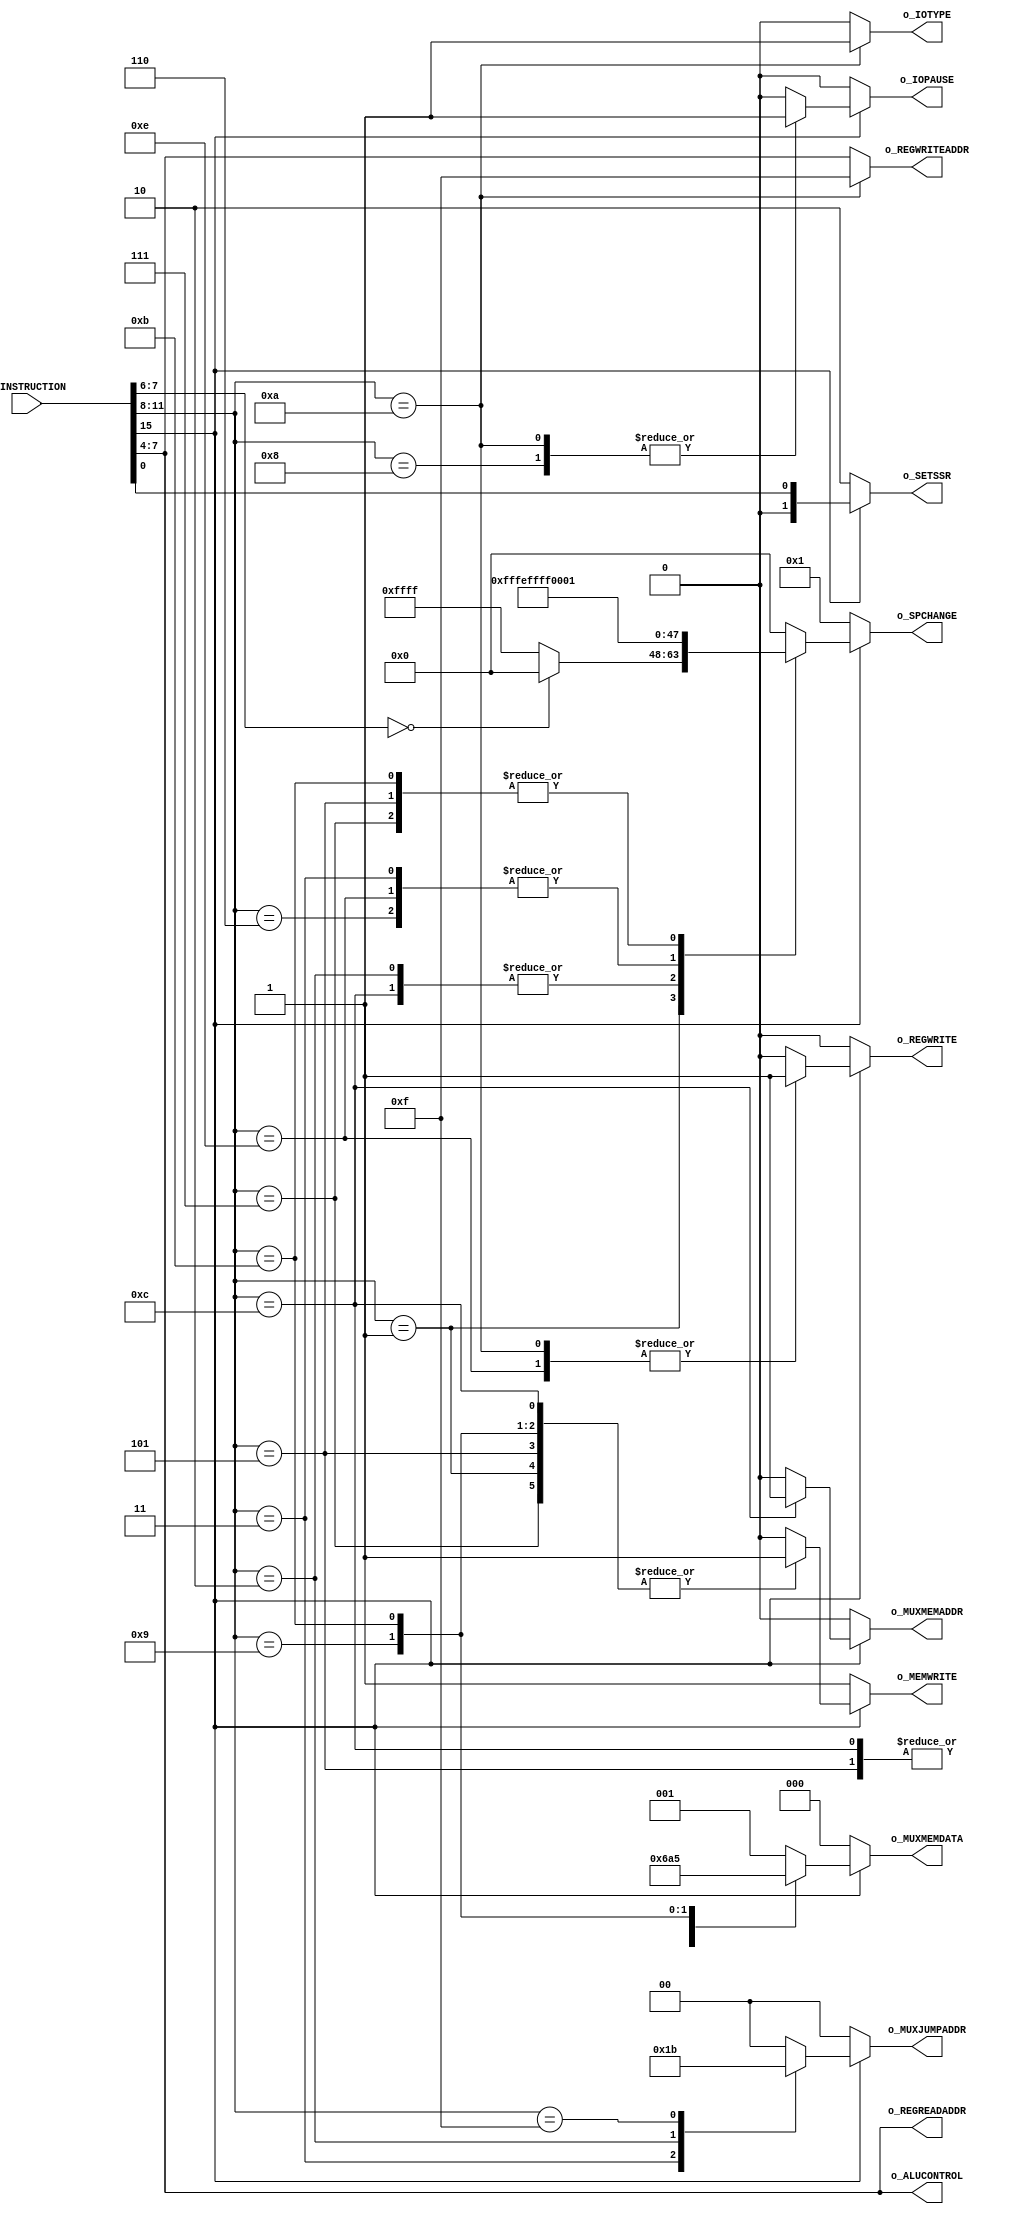

module ControlUnit (
    
    input wire [15:0] i_INSTRUCTION,
    
    output reg  [1:0] o_SETSSR,
    output reg  [3:0] o_ALUCONTROL,
    output reg [15:0] o_SPCHANGE,
    output reg        o_MEMWRITE,
    output reg  [2:0] o_MUXMEMDATA,
    output reg        o_MUXMEMADDR,
    output reg  [3:0] o_REGREADADDR,
    output reg  [3:0] o_REGWRITEADDR,
    output reg        o_REGWRITE,
    output reg  [1:0] o_MUXJUMPADDR,
	 output reg        o_IOTYPE,
	 output reg        o_IOPAUSE
);

// Define instruction name constants
parameter I_NOP  = 4'b0000;
parameter I_ALU  = 4'b0001;
parameter I_JUMP = 4'b0011;
parameter I_IF   = 4'b0010;
parameter I_DUP  = 4'b0111;
parameter I_OVER = 4'b0101;
parameter I_DROP = 4'b0110;
parameter I_AT   = 4'b1001;
parameter I_WRT  = 4'b1100;
parameter I_RW   = 4'b1110;
parameter I_RR   = 4'b1011;
parameter I_IN   = 4'b1010;
parameter I_OUT  = 4'b1000;
parameter I_HALT = 4'b1111;

// Define constants for memory write mux
parameter MMW_INSTRUCTION = 3'b000;
parameter MMW_OP1         = 3'b001;
parameter MMW_OP2         = 3'b010;
parameter MMW_ALURES      = 3'b011;
parameter MMW_ATREAD      = 3'b100;
parameter MMW_REGREAD     = 3'b101;

// Define constants for memory address mux
parameter MMA_SP  = 0;
parameter MMA_OP1 = 1;

// Define constants for jump address mux
parameter MJA_PC   = 2'b00;
parameter MJA_OP1  = 2'b01;
parameter MJA_OP2  = 2'b10;
parameter MJA_HALT = 2'b11;

always @(*) begin
    
	// o_SETSSR
	if (i_INSTRUCTION[15] == 1) begin
		o_SETSSR <= i_INSTRUCTION[0];
	end
	else begin
		o_SETSSR <= 2'b10;
	end

	// o_ALUCONTROL
	o_ALUCONTROL <= i_INSTRUCTION[7:4];

	// o_SPCHANGE
	if (i_INSTRUCTION[15] == 0) begin
		o_SPCHANGE <= +1;
	end
	else begin
		case (i_INSTRUCTION[11:8]) 
			I_ALU:
				o_SPCHANGE <= i_INSTRUCTION[7:6] == 0 ? 0 : -1;
			I_IF, I_WRT:
				o_SPCHANGE <= -2;
			I_JUMP, I_DROP, I_RW:
				o_SPCHANGE <= -1;
			I_DUP, I_OVER, I_RR:
				o_SPCHANGE <= +1;
			default:
				o_SPCHANGE <= +0;
		endcase
	end

	// o_MEMWRITE
	if (i_INSTRUCTION[15] == 0) begin
		o_MEMWRITE <= +1;
	end
	else begin
		case (i_INSTRUCTION[11:8]) 
			I_ALU, I_OVER, I_DUP, I_AT, I_WRT, I_RR:
				o_MEMWRITE <= 1;
			default:
				o_MEMWRITE <= 0;
		endcase
	end
	
	// o_MUXMEMDATA
	if (i_INSTRUCTION[15] == 0) begin
		o_MUXMEMDATA <= MMW_INSTRUCTION;
	end
	else begin
		case (i_INSTRUCTION[11:8]) 
			I_ALU:
				o_MUXMEMDATA <= MMW_ALURES;
			I_OVER, I_WRT:
				o_MUXMEMDATA <= MMW_OP2;
			I_DUP:
				o_MUXMEMDATA <= MMW_OP1;
			I_AT:
				o_MUXMEMDATA <= MMW_ATREAD;
			I_RR:
				o_MUXMEMDATA <= MMW_REGREAD;
			default:
				o_MUXMEMDATA <= MMW_OP1;
		endcase
	end
	
	// o_MUXMEMADDR
	if (i_INSTRUCTION[15] == 0) begin
		o_MUXMEMADDR <= 0;
	end
	else begin
		case (i_INSTRUCTION[11:8]) 
			I_WRT:
				o_MUXMEMADDR <= MMA_OP1;
			default:
				o_MUXMEMADDR <= 0;
		endcase
	end
	
	// o_REGREADADDR
	o_REGREADADDR <= i_INSTRUCTION[7:4];
	
	// o_REGWRITEADDR
	case (i_INSTRUCTION[11:8])
		I_IN:
			o_REGWRITEADDR <= 4'b1111;
		default:
			o_REGWRITEADDR <= i_INSTRUCTION[7:4];
	endcase
	
	// o_REGWRITE
	if (i_INSTRUCTION[15] == 0) begin
		o_REGWRITE <= 0;
	end
	else begin
		case (i_INSTRUCTION[11:8]) 
			I_RW, I_IN:
				o_REGWRITE <= 1;
			default:
				o_REGWRITE <= 0;
		endcase
	end
	
	// o_MUXJUMPADDR
	if (i_INSTRUCTION[15] == 0) begin
		o_MUXJUMPADDR <= MJA_PC;
	end
	else begin
		case (i_INSTRUCTION[11:8]) 
			I_JUMP:
				o_MUXJUMPADDR <= MJA_OP1;
			I_IF:
				o_MUXJUMPADDR <= MJA_OP2;
			I_HALT:
				o_MUXJUMPADDR <= MJA_HALT;
			default:
				o_MUXJUMPADDR <= MJA_PC;
		endcase
	end
	
	// o_IOTYPE
	case (i_INSTRUCTION[11:8]) 
		I_OUT:
			o_IOTYPE <= 0;
		I_IN:
			o_IOTYPE <= 1;
		default:
			o_IOTYPE <= 0;
	endcase
	
	// o_IOPAUSE
	if (i_INSTRUCTION[15] == 0) begin
		o_IOPAUSE <= 0;
	end
	else begin
		case (i_INSTRUCTION[11:8]) 
			I_IN, I_OUT:
				o_IOPAUSE <= 1;
			default:
				o_IOPAUSE <= 0;
		endcase
	end
	
end

endmodule